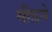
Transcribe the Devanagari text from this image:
मीडने